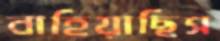
বাহিয়াছিস